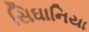
સિઘાનિયા